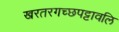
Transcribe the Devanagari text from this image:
खरतरगच्छपट्टावलि